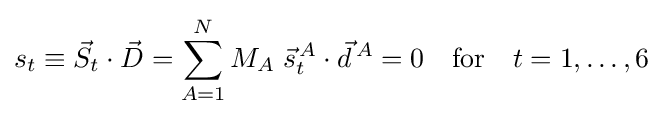
s_{t}\equiv {\vec {S}}_{t}\cdot {\vec {D}}=\sum _{A=1}^{N}M_{A}\;{\vec {s}}_{t}^{\,A}\cdot {\vec {d}}^{\,A}=0\quad \mathrm {for} \quad t=1,\ldots ,6